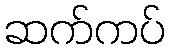
ဆက်ကပ်